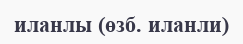
иланлы (өзб. иланли)